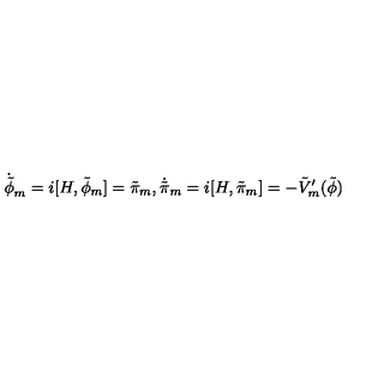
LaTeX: \dot { \tilde { \phi } } _ { m } = i [ H , \tilde { \phi } _ { m } ] = \tilde { \pi } _ { m } , \dot { \tilde { \pi } } _ { m } = i [ H , \tilde { \pi } _ { m } ] = - \tilde { V } _ { m } ^ { \prime } ( \tilde { \phi } )